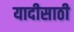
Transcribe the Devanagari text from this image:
यादीसाठी